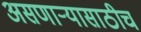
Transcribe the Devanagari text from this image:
असणार्‍यासाठीच